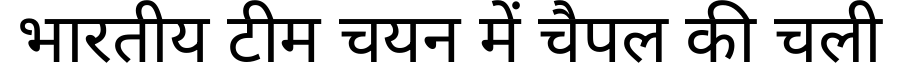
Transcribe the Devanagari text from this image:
भारतीय टीम चयन में चैपल की चली